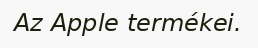
Az Apple termékei.